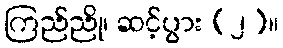
ကြည်ညို၊ ဆင့်ပွား (၂)။